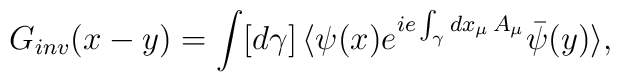
G_{inv}(x-y)=\int [d\gamma]\, \langle \psi(x)e^{ie\int_\gamma dx_\mu\, A_\mu} \bar{\psi}(y) \rangle,